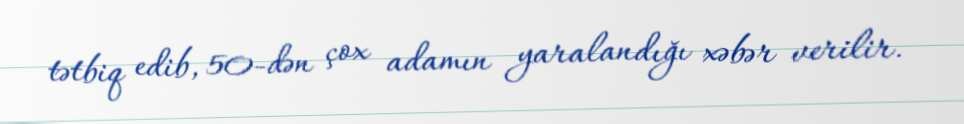
tətbiq edib, 50-dən çox adamın yaralandığı xəbər verilir.